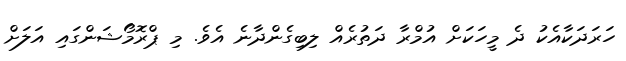
ހަރަދަކާއެކު ދެ މީހަކަށް އުމްރާ ދަތުރެއް ލިބިގެންދާނެ އެވެ. މި ޕްރޮމޯޝަންގައި އަލަށް